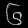
Digit: ၆